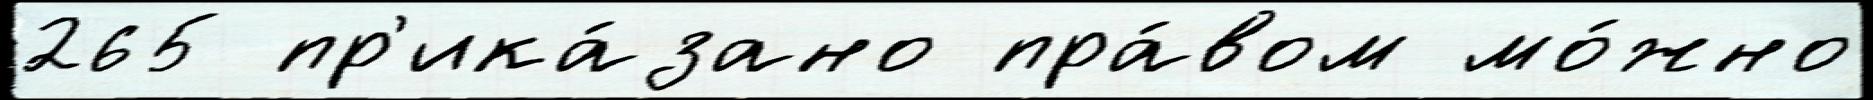
265 пр'ика́зано пра́вом мо́жно